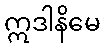
ဣဒါနိမေ